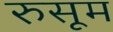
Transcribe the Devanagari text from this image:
रुसूम